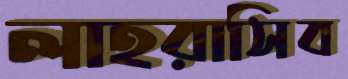
লাহরাসিব